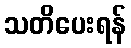
သတိပေးရန်